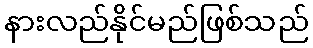
နားလည်နိုင်မည်ဖြစ်သည်